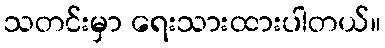
သတင်းမှာ ရေးသားထားပါတယ်။